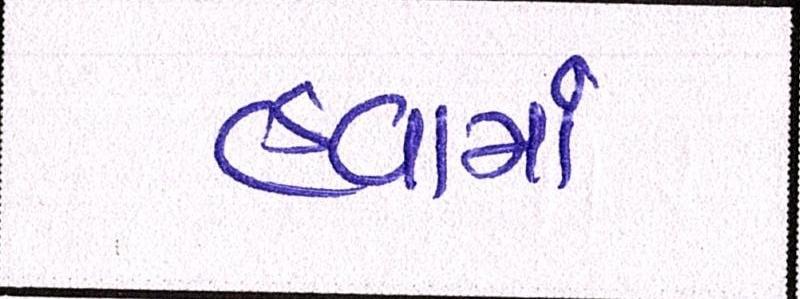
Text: હવામાં